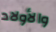
والأولاد